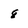
Character: 8